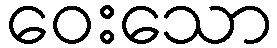
ဝေးသော